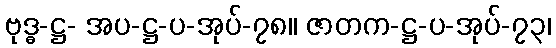
ဗုဒ္ဓ-ဋ္ဌ- အပ-ဋ္ဌ-ပ-အုပ်-၇၈။ ဇာတက-ဋ္ဌ-ပ-အုပ်-၇၃၊